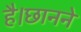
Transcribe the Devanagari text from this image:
है।छानने